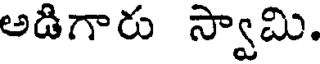
అడిగారు స్వామి.